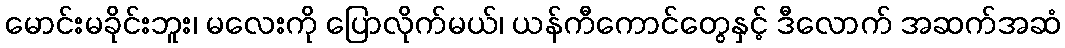
မောင်းမခိုင်းဘူး၊ မလေးကို ပြောလိုက်မယ်၊ ယန်ကီကောင်တွေနှင့် ဒီလောက် အဆက်အဆံ